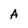
Character: A